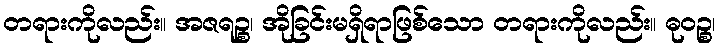
တရားကိုလည်း။ အဇရဉ္စ၊ အိုခြင်းမရှိရာဖြစ်သော တရားကိုလည်း။ ဓုဝဉ္စ၊